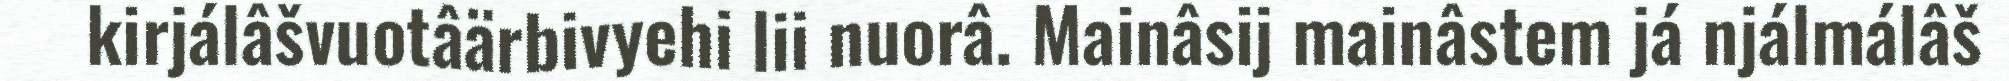
kirjálâšvuotâärbivyehi lii nuorâ. Mainâsij mainâstem já njálmálâš